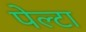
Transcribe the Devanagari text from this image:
पेल्टा